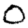
Digit: 0